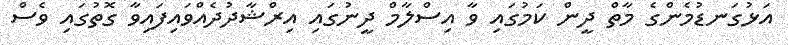
އަޅުގަނޑުމެންގެ މާތް ދީން ކަމުގައި ވާ އިސްލާމް ދީނުގައި އިރްޝާދުދެއްވައިފައިވާ ގޮތުގައި ވެސް